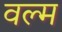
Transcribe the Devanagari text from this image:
वल्म